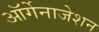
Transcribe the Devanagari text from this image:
ऑर्गेनाजेशन